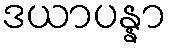
ဒယာပန္နာ